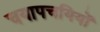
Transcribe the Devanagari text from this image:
चयापचयियों